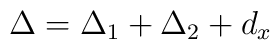
\Delta = \Delta_1 + \Delta_2 +d_x